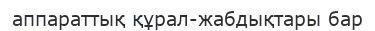
аппараттық құрал-жабдықтары бар